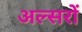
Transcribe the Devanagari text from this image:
अल्सरों